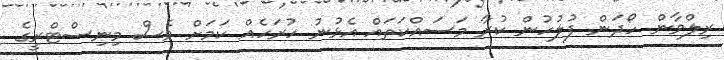
ރިލްވާން ހޯދަން ފުލުހުން ކުރާ މަސައްކަތައް އެޅުނު ހުރަހެއް ކަމަށް ވެސް މިނިސްޓްރީގެ